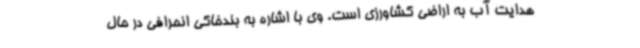
هدایت آب به اراضی کشاورزی است. وی با اشاره به بندخاکی انحرافی در حال